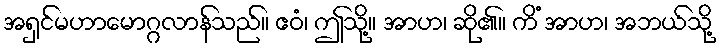
အရှင်မဟာမောဂ္ဂလာန်သည်။ ဧဝံ၊ ဤသို့။ အာဟ၊ ဆို၏။ ကိံ အာဟ၊ အဘယ်သို့